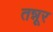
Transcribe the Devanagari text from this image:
तन्नूर